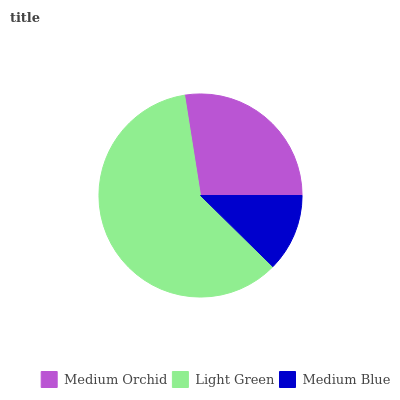
| Medium Orchid | Light Green | Medium Blue |
 | --- | --- | --- |
 | 27.5% | 60.1% | 12.4% |